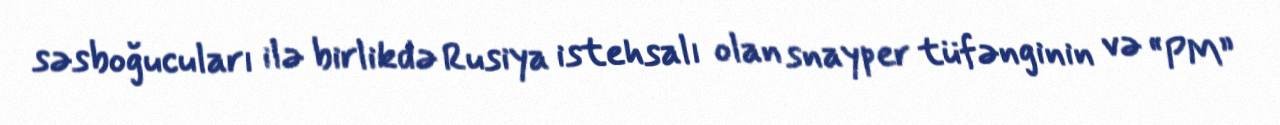
səsboğucuları ilə birlikdə Rusiya istehsalı olan snayper tüfənginin və “PM”